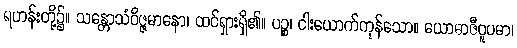
ရဟန်းတို့၌။ သန္တောသံဝိဇ္ဇမာနော၊ ထင်ရှားရှိ၏။ ပဉ္စ၊ ငါးယောက်ကုန်သော။ ယောဓာဇီဝူပမာ၊